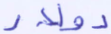
دولار